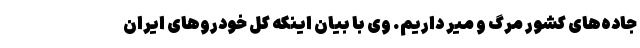
جاده‌های کشور مرگ و میر داریم. وی با بیان اینکه کل خودروهای ایران